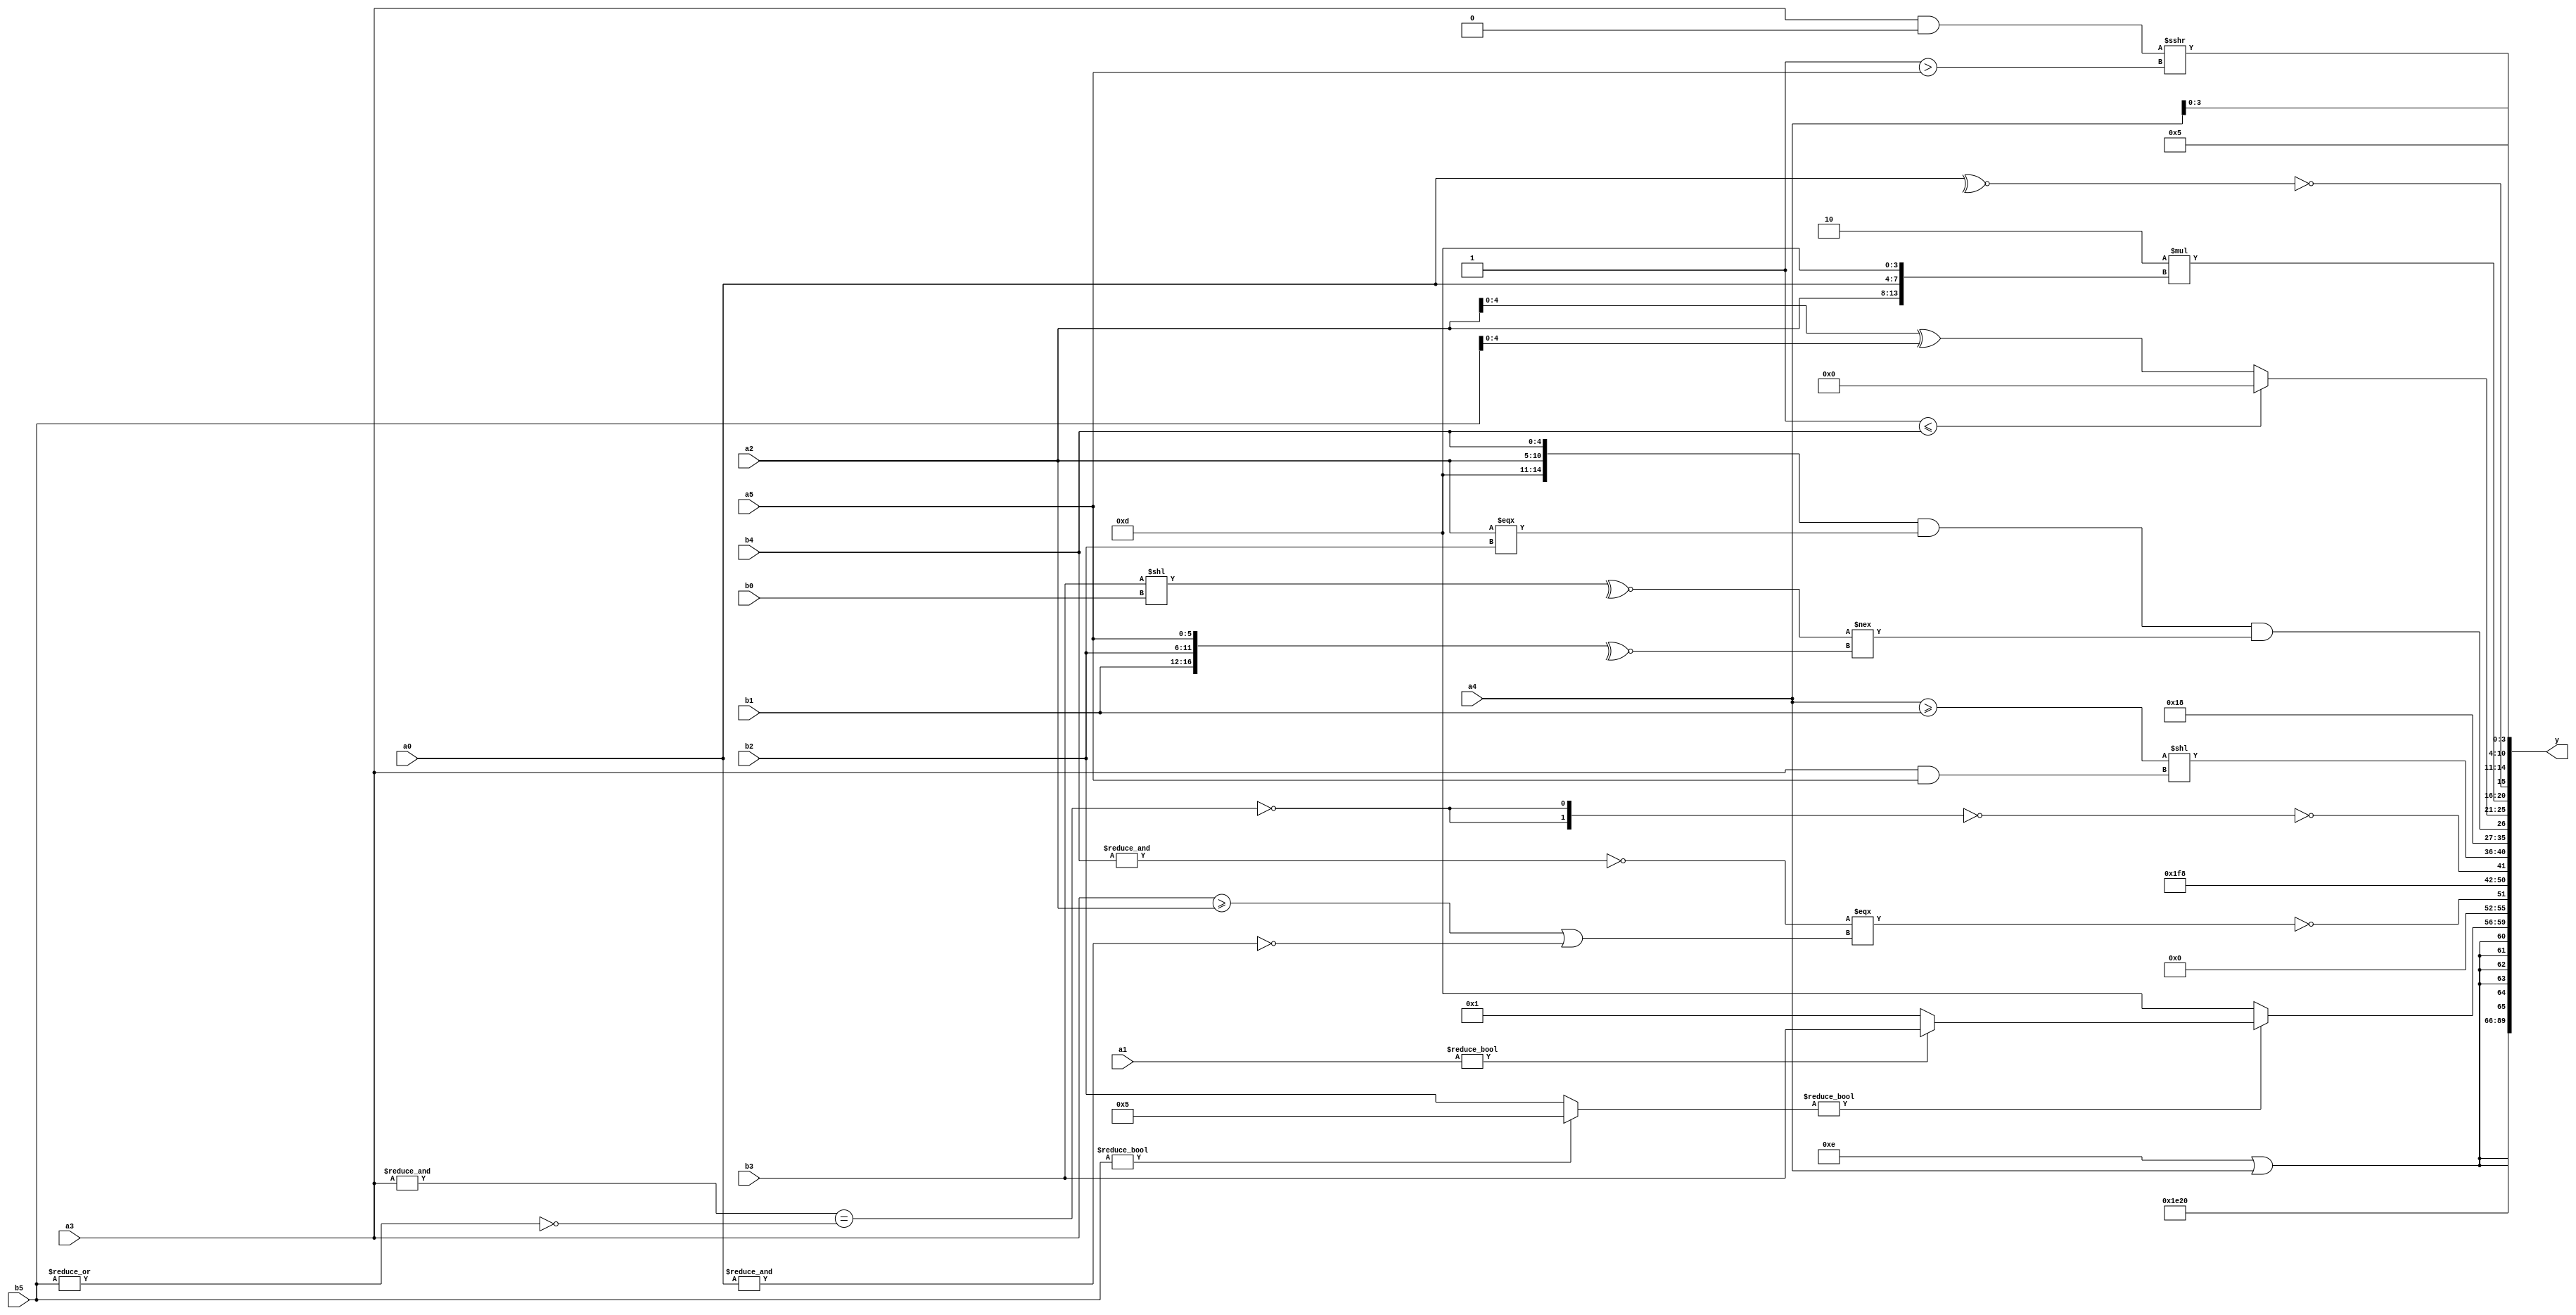
module expression_00497(a0, a1, a2, a3, a4, a5, b0, b1, b2, b3, b4, b5, y);
  input [3:0] a0;
  input [4:0] a1;
  input [5:0] a2;
  input signed [3:0] a3;
  input signed [4:0] a4;
  input signed [5:0] a5;

  input [3:0] b0;
  input [4:0] b1;
  input [5:0] b2;
  input signed [3:0] b3;
  input signed [4:0] b4;
  input signed [5:0] b5;

  wire [3:0] y0;
  wire [4:0] y1;
  wire [5:0] y2;
  wire signed [3:0] y3;
  wire signed [4:0] y4;
  wire signed [5:0] y5;
  wire [3:0] y6;
  wire [4:0] y7;
  wire [5:0] y8;
  wire signed [3:0] y9;
  wire signed [4:0] y10;
  wire signed [5:0] y11;
  wire [3:0] y12;
  wire [4:0] y13;
  wire [5:0] y14;
  wire signed [3:0] y15;
  wire signed [4:0] y16;
  wire signed [5:0] y17;

  output [89:0] y;
  assign y = {y0,y1,y2,y3,y4,y5,y6,y7,y8,y9,y10,y11,y12,y13,y14,y15,y16,y17};

  localparam [3:0] p0 = (^{(&(~^{(4'sd0),(-2'sd1),(4'd11)})),(~&((4'sd3)?(3'd5):(2'd1))),(~^(^((-3'sd2)?(4'd6):(2'd0))))});
  localparam [4:0] p1 = (((-2'sd0)*(4'sd5))/(5'd14));
  localparam [5:0] p2 = (&({(5'd29)}!=(5'd2 * (2'd0))));
  localparam signed [3:0] p3 = (((2'sd1)<<(5'd25))*((2'sd1)<(-2'sd0)));
  localparam signed [4:0] p4 = {2{(!(+({2{(2'd2)}}>>(~&((5'd0)<=(4'd12))))))}};
  localparam signed [5:0] p5 = (((-5'sd15)^~(4'sd5))&&((4'd13)+(2'd3)));
  localparam [3:0] p6 = ((-5'sd0)?(5'd1):(5'd26));
  localparam [4:0] p7 = ({1{(4'd3)}}==(((3'sd2)>>((5'd14)!=(2'd3)))!==(-((2'd0)<(4'sd0)))));
  localparam [5:0] p8 = {(&(3'sd2))};
  localparam signed [3:0] p9 = (((-2'sd0)>>>(5'sd3))*(+(-2'sd0)));
  localparam signed [4:0] p10 = {((3'd7)&&(3'd0)),(|((4'sd3)^~(4'sd5))),((3'sd2)>(2'sd0))};
  localparam signed [5:0] p11 = (((-5'sd6)?(5'sd6):(2'd0))?(^((2'sd1)|(4'd1))):(+((2'sd1)+(3'd2))));
  localparam [3:0] p12 = {2{{1{(+((-3'sd2)?(-3'sd3):(5'd19)))}}}};
  localparam [4:0] p13 = ((4'd14)*((3'd2)!==(4'd12)));
  localparam [5:0] p14 = ((((4'd5)&(2'd3))>=(|((2'd3)!==(5'd12))))^(~^(&(~&((-5'sd5)%(-5'sd7))))));
  localparam signed [3:0] p15 = (+(((2'd2)?(4'd1):(4'd9))?(~((5'd21)>=(2'd1))):(-3'sd3)));
  localparam signed [4:0] p16 = {3{(-2'sd1)}};
  localparam signed [5:0] p17 = (5'sd5);

  assign y0 = ({4{a3}}>>{2{{p12}}});
  assign y1 = (a2<<p6);
  assign y2 = {2{(2'd3)}};
  assign y3 = (~&{(&(~|(-(+{(~&a2),{a3},(~&a5)})))),(-(~(5'd29)))});
  assign y4 = ({4{p1}}!={4{p1}});
  assign y5 = $signed((p13||a4));
  assign y6 = {2{((b5?p17:b2)?(a1?b3:p11):{2{p12}})}};
  assign y7 = ((^((~&$signed({b4}))===((a3>=a2)|(~&a0))))!=(~^(-4'sd1)));
  assign y8 = (~(5'd2 * (p14==p0)));
  assign y9 = (~&(^(!{1{{2{(&(~((&a3)==(~|b5))))}}}})));
  assign y10 = ((a4>=b1)<<(a3&a5));
  assign y11 = {(~&p12),(~&p11)};
  assign y12 = ({({p12,a2,b4}&&(a2===b2))}&&((~^(b3<<b0))!==(~^{b1,b2,a5})));
  assign y13 = ({2{(p14<=b4)}}?{2{(p1?p17:p0)}}:((p5?p2:a2)^(p17?b5:p8)));
  assign y14 = {((^(a5?b1:b1))),(+(6'd2 * {a2,a0,p12})),(-(&(^(!(~^a0)))))};
  assign y15 = {4{a4}};
  assign y16 = (~&$signed({4{{p15,p14}}}));
  assign y17 = {{{(p17^p3),(p15+p4),(p17^p7)}},{((a3&p0)>>>(p2>a5))}};
endmodule